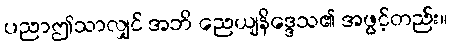
ပညာဤသာလျှင် အဘိ ညေယျနိဒ္ဒေသ၏ အဖွင့်တည်း။